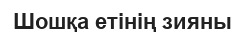
Шошқа етінің зияны